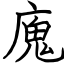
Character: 廆